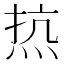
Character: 𰞠